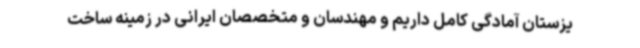
یزستان آمادگی کامل داریم و مهندسان و متخصصان ایرانی در زمینه ساخت